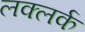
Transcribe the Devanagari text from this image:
लक्लर्क